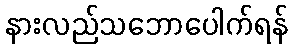
နားလည်သဘောပေါက်ရန်